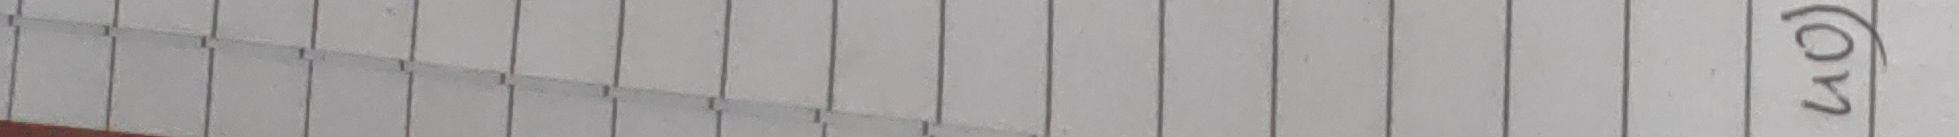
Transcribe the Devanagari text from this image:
(रण)